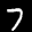
Label: 7